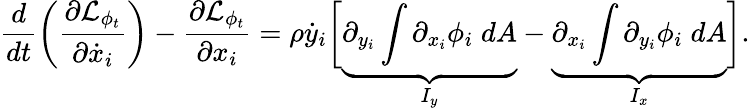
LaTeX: \frac{d}{dt}\left(\frac{\partial\mathcal{L}_{\phi_{t}}}{\partial\dot{x}_{i}}\right)-\frac{\partial\mathcal{L}_{\phi_{t}}}{\partial x_{i}}=\rho\dot{y}_{i}\biggr[\underbrace{\partial_{y_{i}}\int\partial_{x_{i}}\phi_{i}\; dA}_{I_{y}}-\underbrace{\partial_{x_{i}}\int\partial_{y_{i}}\phi_{i}\; dA}_{I_{x}}\biggr].